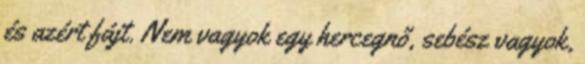
és azért fájt. Nem vagyok egy hercegnő, sebész vagyok,